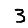
Digit: 3